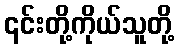
၎င်းတို့ကိုယ်သူတို့